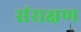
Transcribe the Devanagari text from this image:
संराक्षण